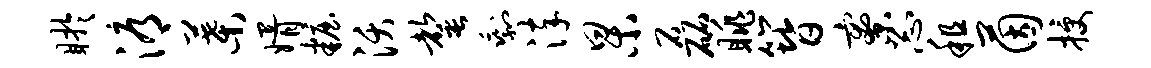
盱溽叶婿妆沃罄剩淬杲磊眺簪寮忐租茵授